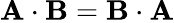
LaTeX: \mathbf{A}\cdot\mathbf{B}=\mathbf{B}\cdot\mathbf{A}